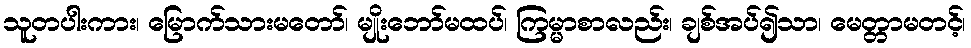
သူတပါးကား၊ မြောက်သားမတော်၊ မျိုးဘော်မထပ်၊ ကြမ္မာစာလည်း၊ ချစ်အပ်၍သာ၊ မေတ္တာမတင့်၊